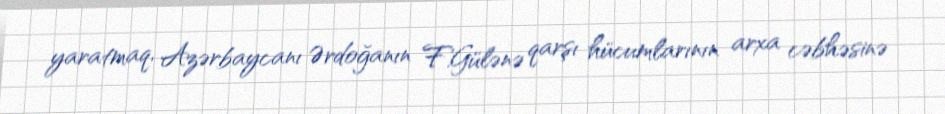
yaratmaq, Azərbaycanı Ərdoğanın F.Gülənə qarşı hücumlarının arxa cəbhəsinə